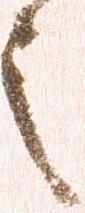
之